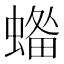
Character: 𧏓